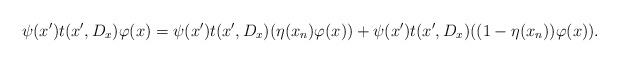
LaTeX: \begin{align*} &\psi(x') t(x',D_x)\varphi(x)= \psi(x') t(x',D_x)(\eta(x_n)\varphi(x)) + \psi(x') t(x',D_x)((1-\eta(x_n))\varphi(x)).\end{align*}